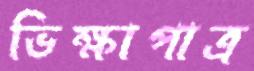
ভিক্ষাপাত্র